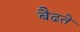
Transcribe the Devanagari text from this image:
बैढते